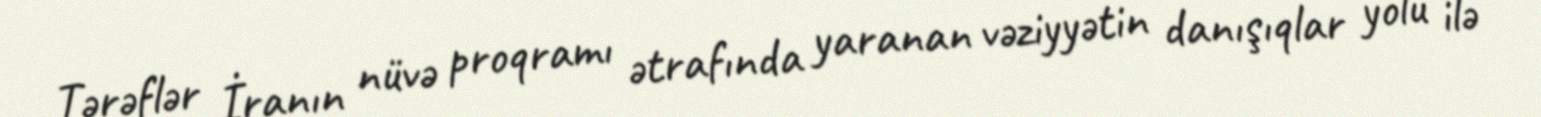
Tərəflər İranın nüvə proqramı ətrafında yaranan vəziyyətin danışıqlar yolu ilə